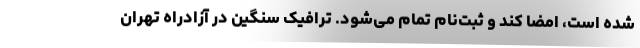
شده است، امضا کند و ثبت‌نام تمام می‌شود. ترافیک سنگین در آزادراه تهران